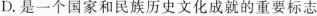
D.是一个国家和民族历史文化成就的重要标志